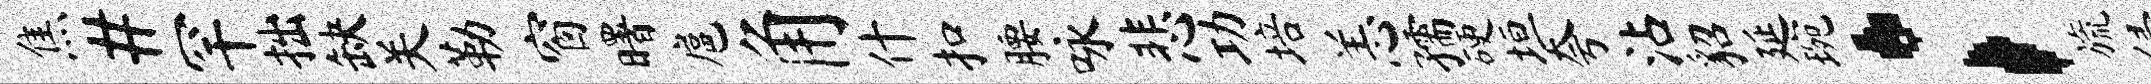
焦#罕拙缺关勒窗曙扈角什扣腰咏悲功培恙孺硬垣夸沾貂延琬；旒侵